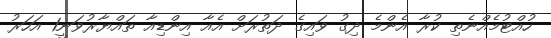
ހުއްޓުމެއްނެތި ކުރާ އެންމެ ދިގު ވައިގެ ދަތުރަށް އެއާ އިންޑިއާ ތައްޔާރުވަނީ1 އަހަރު